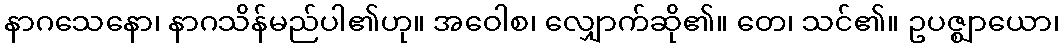
နာဂသေနော၊ နာဂသိန်မည်ပါ၏ဟု။ အဝေါစ၊ လျှောက်ဆို၏။ တေ၊ သင်၏။ ဥပဇ္ဈာယော၊